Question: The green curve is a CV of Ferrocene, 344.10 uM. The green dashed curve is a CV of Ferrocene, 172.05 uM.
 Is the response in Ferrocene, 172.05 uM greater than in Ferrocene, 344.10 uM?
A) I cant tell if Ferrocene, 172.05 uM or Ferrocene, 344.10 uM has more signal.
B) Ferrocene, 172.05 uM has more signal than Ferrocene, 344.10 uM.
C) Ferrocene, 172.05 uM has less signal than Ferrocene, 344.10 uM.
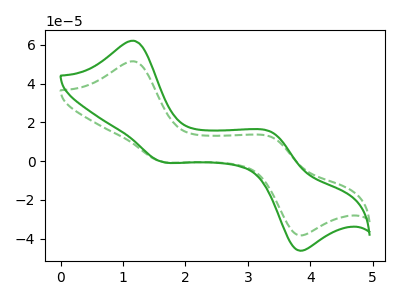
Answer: <think>The green curve "Ferrocene, 344.10 uM" has anodic peaks at (1.15V, 62.20uA) (3.40V, 14.70uA) and cathodic peaks at (1.60V, -0.05uA) (3.80V, -45.80uA). The green dashed curve "Ferrocene, 172.05 uM" has anodic peaks at (1.15V, 51.55uA) (3.40V, 12.20uA) and cathodic peaks at (1.60V, -0.05uA) (3.80V, -37.95uA).
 All the peaks in "Ferrocene, 172.05 uM" have a peak in "Ferrocene, 344.10 uM" at the same potential. Every peak in "Ferrocene, 172.05 uM" is lower than every peak in "Ferrocene, 344.10 uM".</think>
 <answer>C) "Ferrocene, 172.05 uM" has less signal than "Ferrocene, 344.10 uM".</answer>
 <eval>C</eval>